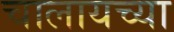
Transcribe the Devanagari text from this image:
चालायच्या